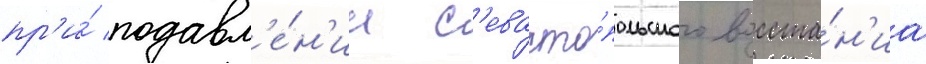
пр'и́ подавл'е́н'ии с'евасто́польского восста́н'иа